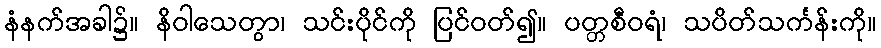
နံနက်အခါ၌။ နိဝါသေတွာ၊ သင်းပိုင်ကို ပြင်ဝတ်၍။ ပတ္တစီဝရံ၊ သပိတ်သင်္ကန်းကို။